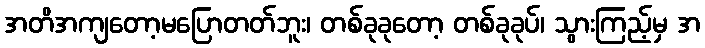
အတိအကျတော့မပြောတတ်ဘူး၊ တစ်ခုခုတော့ တစ်ခုခုပ်၊ သွားကြည့်မှ အ